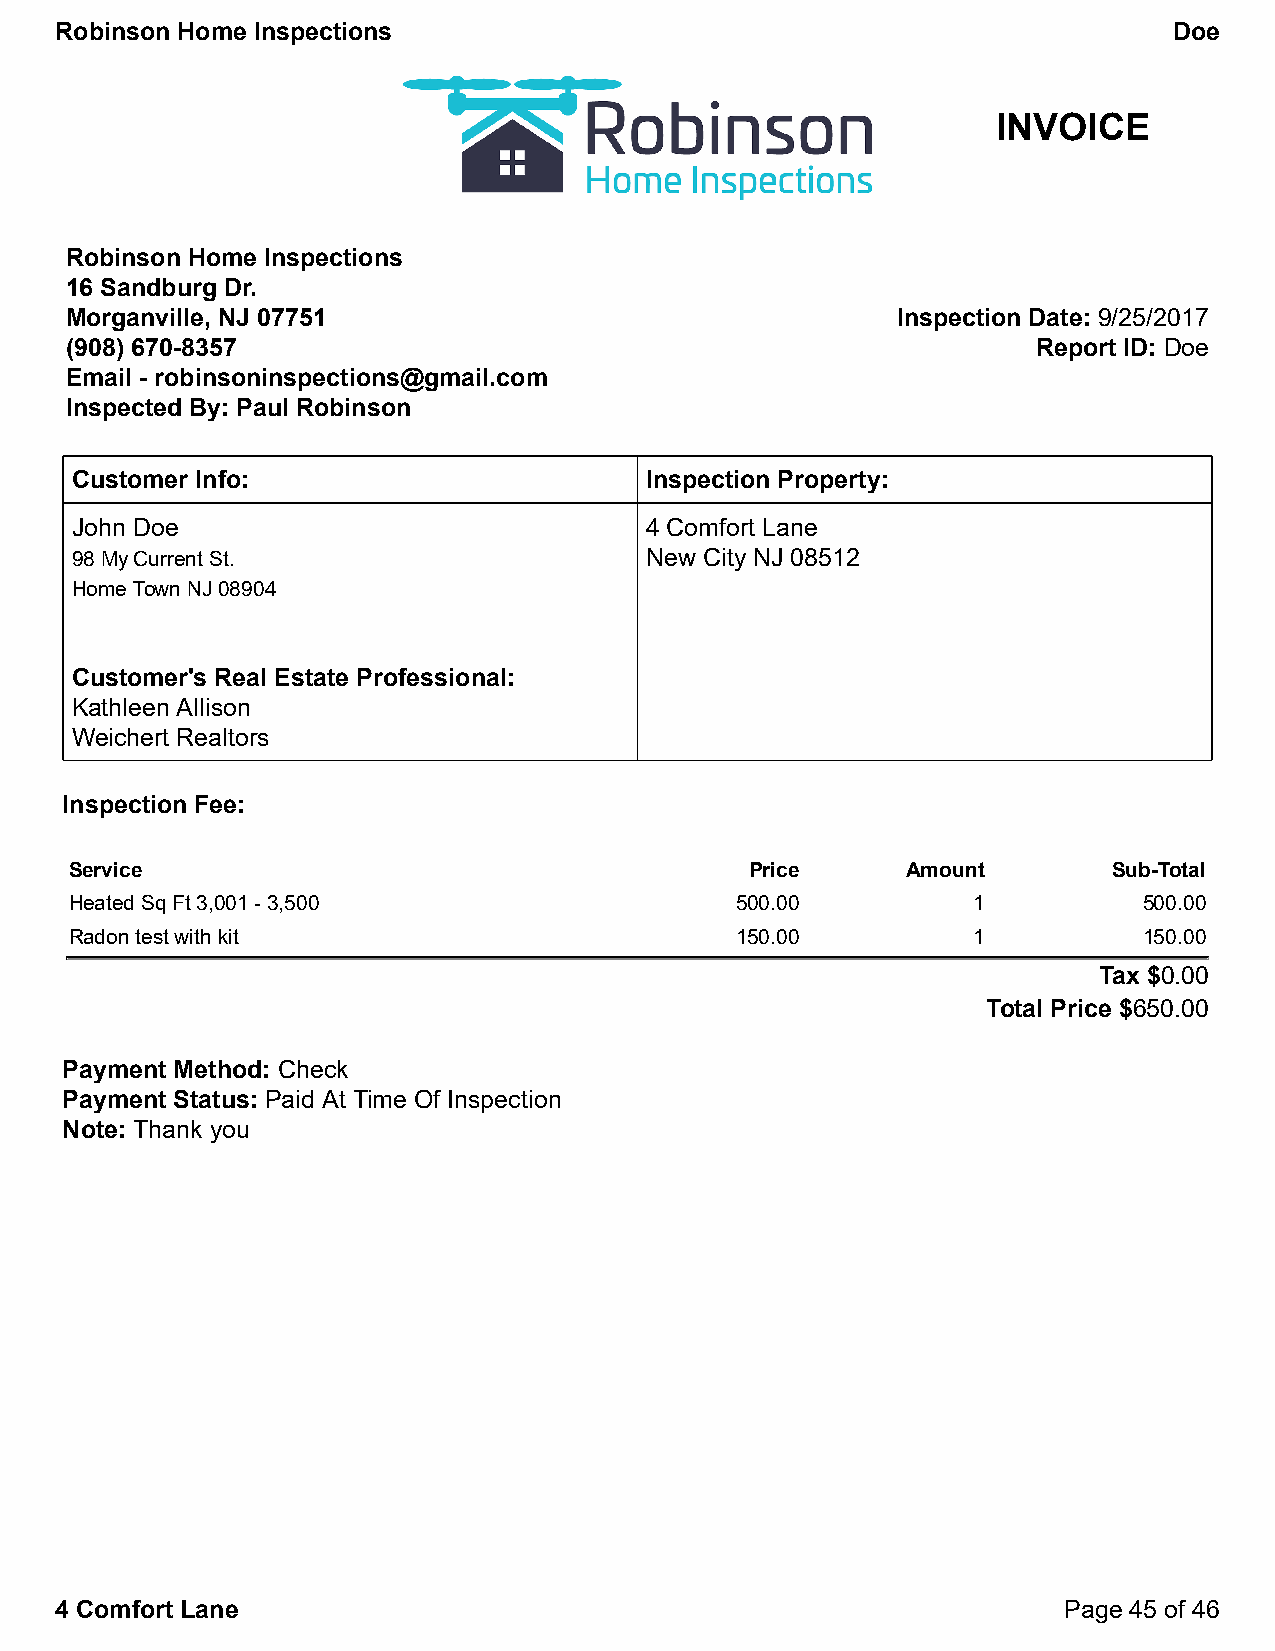
Robinson Home Inspections                                                 Doe
 INVOICE
 Robinson Home Inspections
 16 Sandburg Dr.
 Morganville, NJ 07751                                  Inspection Date: 9/25/2017
 (908) 670-8357                                                   Report ID: Doe
 Email - robinsoninspections@gmail.com
 Inspected By: Paul Robinson
 Customer Info:                        Inspection Property:
 John Doe                              4 Comfort Lane
 98 My Current St.                     New City NJ 08512
 Home Town NJ 08904
 Customer's Real Estate Professional:
 Kathleen Allison
 Weichert Realtors
 Inspection Fee:
 Service                                      Price     Amount        Sub-Total
 Heated Sq Ft 3,001 - 3,500                  500.00         1           500.00
 Radon test with kit                         150.00         1           150.00
 Tax $0.00
 Total Price $650.00
 Payment Method: Check
 Payment Status: Paid At Time Of Inspection
 Note: Thank you
 4 Comfort Lane                                                    Page 45 of 46